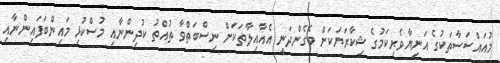
މުއައްސަސާތަކުގެ އަނިޔާވެރިކަމުގެ ޝިކާރަޔަކަށް ވެެގެންދަނީ އެއާއިލާތަކަށް ނިސްބަތްވާ ތުއްތު ކުދިންނާއި މުސްކުޅި މައިންބަފައިންނާއި